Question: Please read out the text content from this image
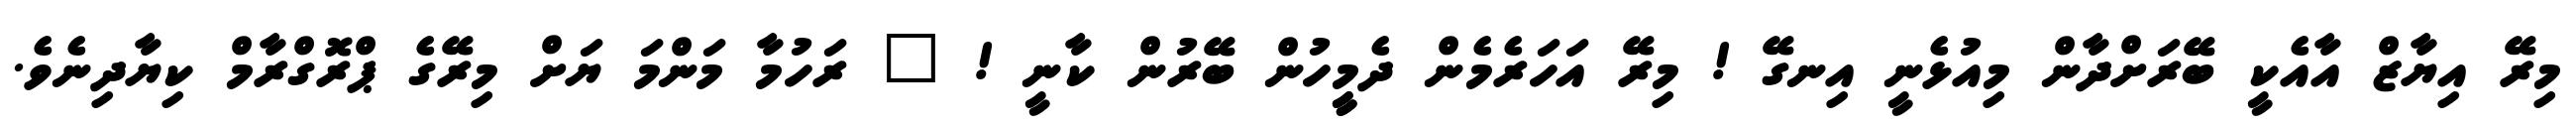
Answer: މިރޭ އިޔާޒް އާއެކީ ބޭރަށްދާން މިއުޅެނީ އިނގޭ ! މިރޭ އަހަރެމެން ދެމީީހުން ބޭރުން ކާނީ ! " ރަހުމާ މަންމަ ޔަށް މިރޭގެ ޕްރޮގްރާމް ކިޔާދިނެވެ.